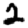
Digit: 2